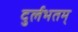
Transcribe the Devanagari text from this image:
दुर्लभतम्